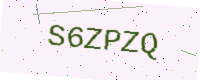
Text: S6ZPZQ